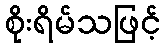
စိုးရိမ်သဖြင့်